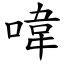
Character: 喡